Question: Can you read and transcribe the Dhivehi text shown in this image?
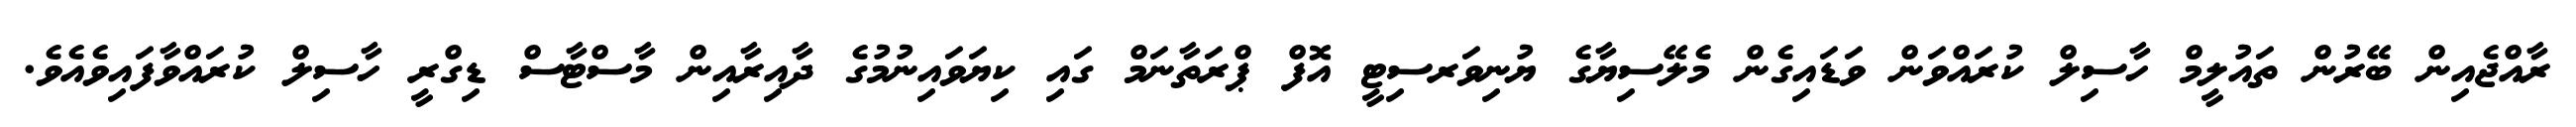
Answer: ރާއްޖެއިން ބޭރުން ތައުލީމް ހާސިލް ކުރައްވަން ވަޑައިގެން މެލޭސިޔާގެ ޔުނިވަރސިޓީ އޮފް ޕްރަތާނަމް ގައި ކިޔަވައިނުމުގެ ދާއިރާއިން މާސްޓާސް ޑިގްރީ ހާސިލް ކުރައްވާފައިވެއެވެ.